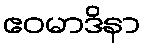
ဧဝမာဒိနာ